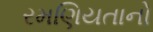
રમણિયતાનો